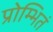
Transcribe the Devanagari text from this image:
प्रोम्भितं